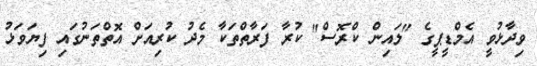
ވިދާޅުވީ އެމްޑީޕީގެ "ލައިން ކްރޮސް" ކުރާ ފަރާތްތަކާ މެދު ކުރިއަށް އޮތްތަނުގައި ފިޔަވަޅު